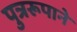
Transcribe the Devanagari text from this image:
पुत्ररूपाने